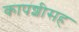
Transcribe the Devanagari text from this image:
कापशीसह